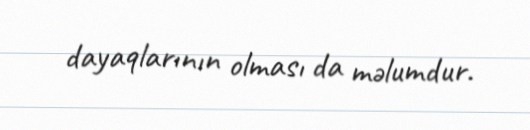
dayaqlarının olması da məlumdur.